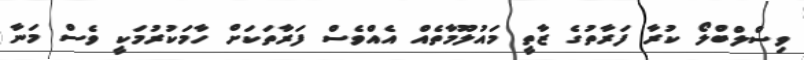
ވިސްލްބްލޯ ކުރާ ފަރާތުގެ ޒާތީ މައުލޫމާތެއް އެއްވެސް ފަރާތަކަށް ހާމަކުރުމަކީ ވެސް މަނާ